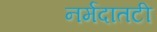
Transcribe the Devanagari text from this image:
नर्मदातटी